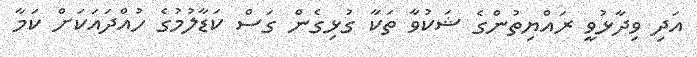
އަދި ވިދާޅުވީ ރައްޔިތުންގެ ޝަކުވާ ތަކާ ގުޅިގެން ގަސް ކަޑާލުމުގެ ހުއްދައަކަށް ކަމާ